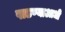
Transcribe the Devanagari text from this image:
पाडण्याआधी